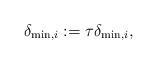
LaTeX: \begin{align*}\delta_{\min,i} := \tau \delta_{\min,i},\end{align*}